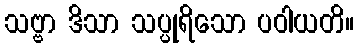
သဗ္ဗာ ဒိသာ သပ္ပုရိသော ပဝါယတိ။